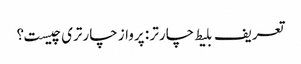
تعریف بلیط چارتر : پرواز چارتری چیست؟